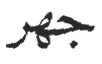
جھر